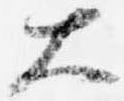
大